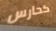
كحارس